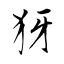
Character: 犽